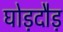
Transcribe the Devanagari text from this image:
घोड़दौड़